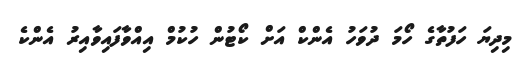
މިދިޔަ ހަފުތާގެ ހޯމަ ދުވަހު އެންކް އަށް ކޯޓުން ހުކުމް އިއްވާފައިވާއިރު އެންކެ